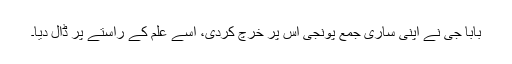
بابا جی نے اپنی ساری جمع پونجی اُس پر خرچ کردی، اُسے علم کے راستے پر ڈال دیا۔